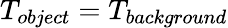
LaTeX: T_{object}=T_{background}